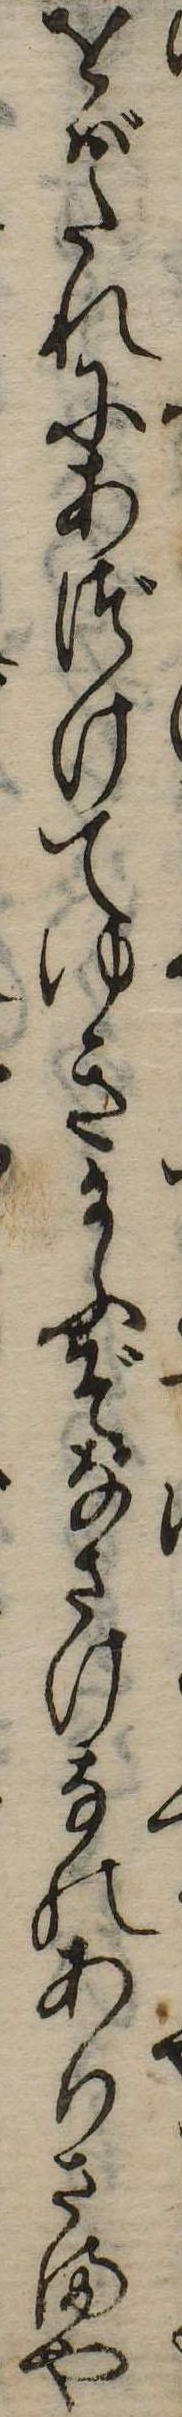
をばたれにあづけてゆき給ふぞなさけなのありさまや